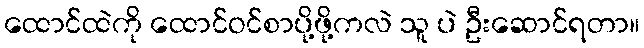
ထောင်ထဲကို ထောင်ဝင်စာပို့ဖို့ကလဲ သူ ပဲ ဦးဆောင်ရတာ။